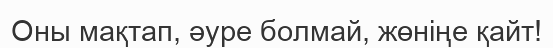
Оны мақтап, әуре болмай, жөніңе қайт!